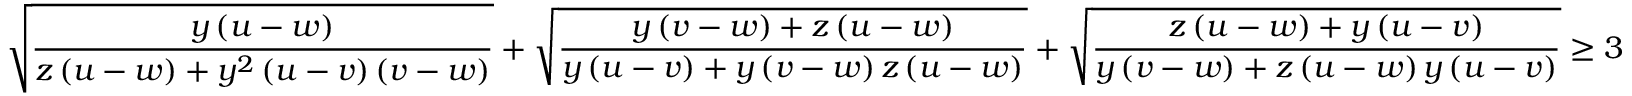
\sqrt { \frac { y \left( u - w \right) } { z \left( u - w \right) + y ^ { 2 } \left( u - v \right) \left( v - w \right) } } + \sqrt { \frac { y \left( v - w \right) + z \left( u - w \right) } { y \left( u - v \right) + y \left( v - w \right) z \left( u - w \right) } } + \sqrt { \frac { z \left( u - w \right) + y \left( u - v \right) } { y \left( v - w \right) + z \left( u - w \right) y \left( u - v \right) } } \ge 3